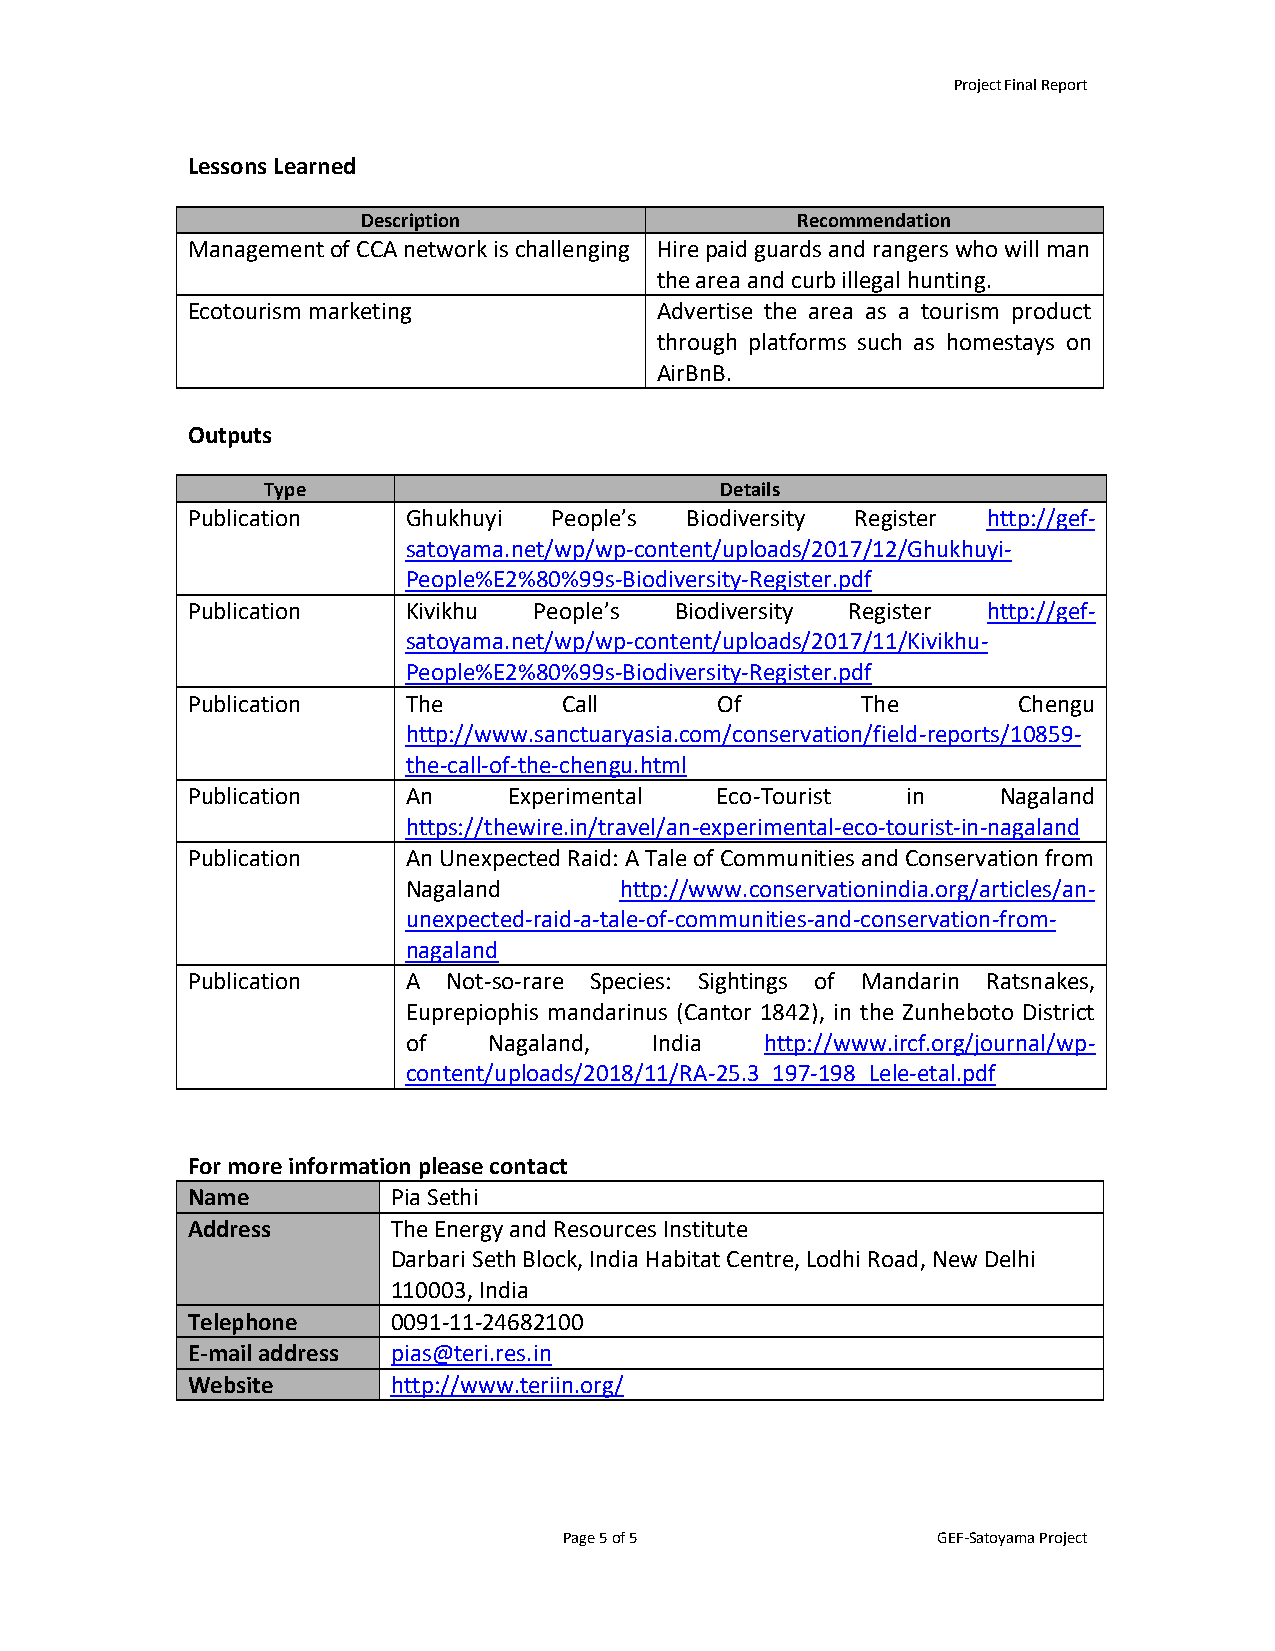
Project Final Report
 Lessons Learned
 Description                  Recommendation
 Management of CCA network is challenging Hire paid guards and rangers who will man
 the area and curb illegal hunting.
 Ecotourism marketing           Advertise the area as a tourism product
 through platforms such as homestays on
 AirBnB.
 Outputs
 Type                           Details
 Publication    Ghukhuyi  People’s Biodiversity Register http://gef-
 satoyama.net/wp/wp-content/uploads/2017/12/Ghukhuyi-
 People%E2%80%99s-Biodiversity-Register.pdf
 Publication    Kivikhu People’s  Biodiversity Register http://gef-
 satoyama.net/wp/wp-content/uploads/2017/11/Kivikhu-
 People%E2%80%99s-Biodiversity-Register.pdf
 Publication    The       Call       Of       The       Chengu
 http://www.sanctuaryasia.com/conservation/field-reports/10859-
 the-call-of-the-chengu.html
 Publication    An     Experimental Eco-Tourist  in    Nagaland
 https://thewire.in/travel/an-experimental-eco-tourist-in-nagaland
 Publication    An Unexpected Raid: A Tale of Communities and Conservation from
 Nagaland      http://www.conservationindia.org/articles/an-
 unexpected-raid-a-tale-of-communities-and-conservation-from-
 nagaland
 Publication    A  Not-so-rare Species: Sightings of Mandarin Ratsnakes,
 Euprepiophis mandarinus (Cantor 1842), in the Zunheboto District
 of   Nagaland,  India   http://www.ircf.org/journal/wp-
 content/uploads/2018/11/RA-25.3_197-198_Lele-etal.pdf
 For more information please contact
 Name          Pia Sethi
 Address       The Energy and Resources Institute
 Darbari Seth Block, India Habitat Centre, Lodhi Road, New Delhi
 110003, India
 Telephone     0091-11-24682100
 E-mail address pias@teri.res.in
 Website       http://www.teriin.org/
 Page 5 of 5              GEF-Satoyama Project